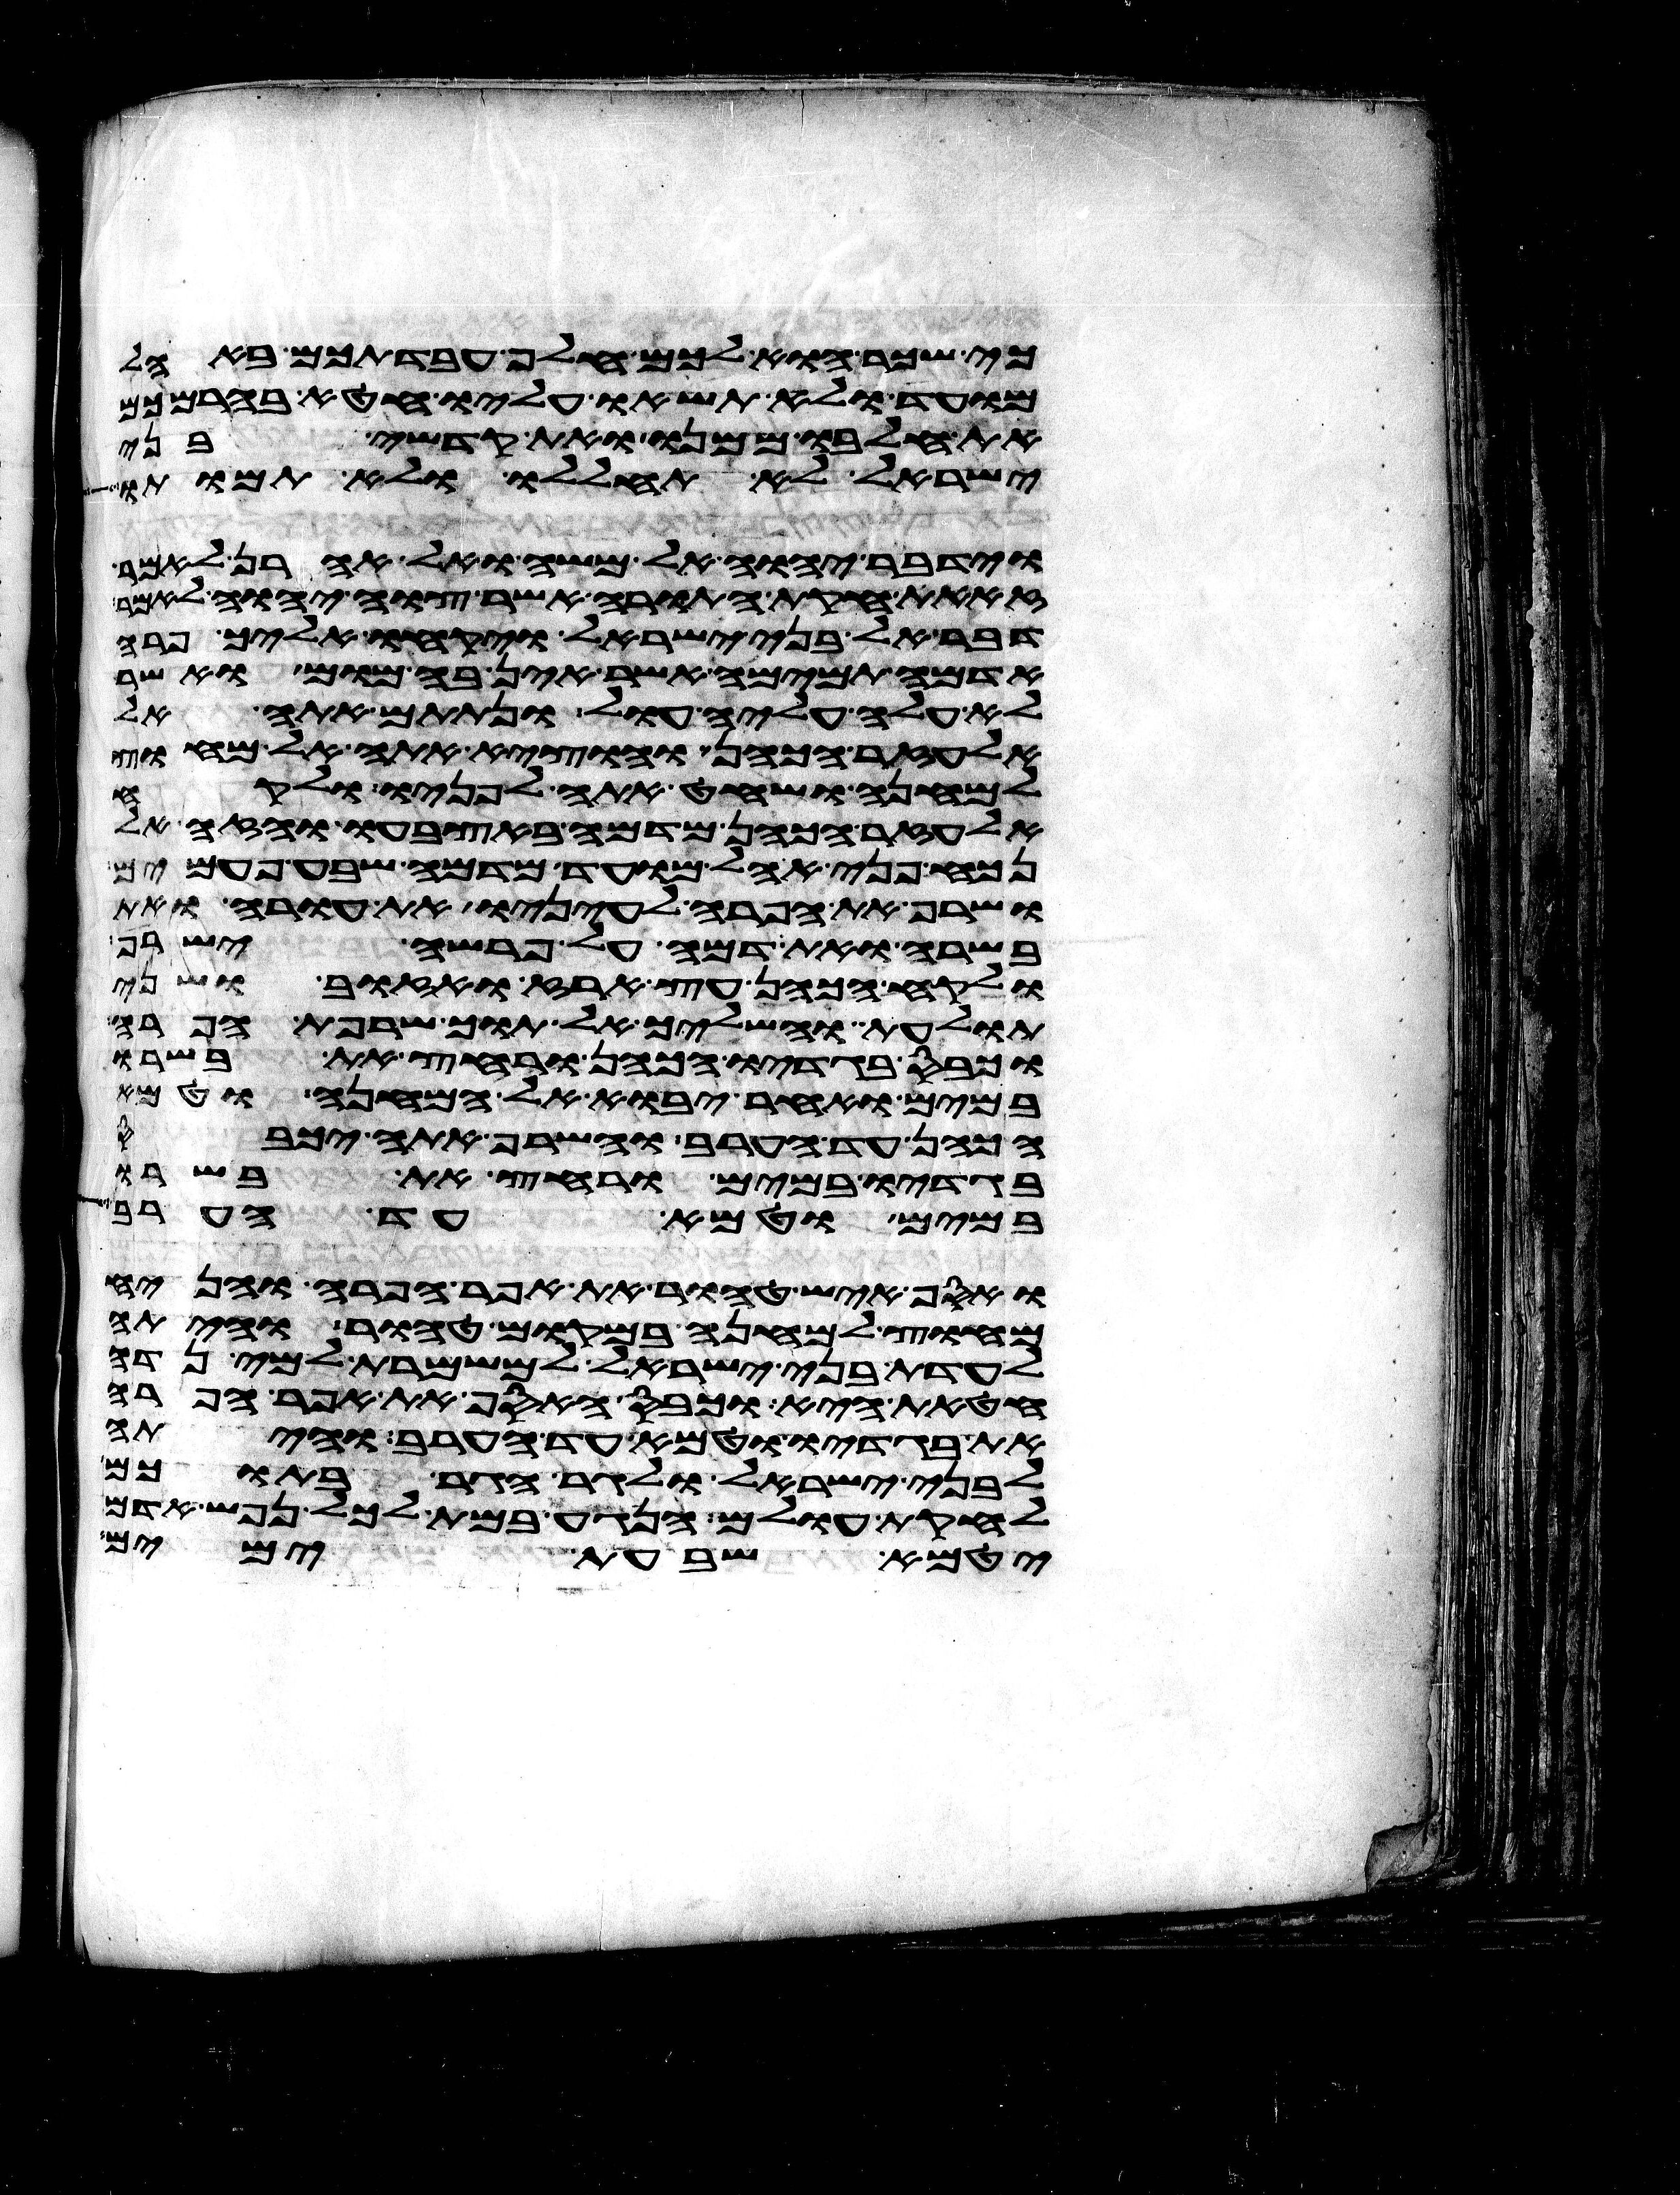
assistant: כי שכר הוא לכם חלף עבדתכם באהל
מועד ולא תשאו עליו חטא בהרמכם
את חלבו ממנו ואת קדשי בני
ישראל לא תחללו ולא תמותו
וידבר יהוה אל משה ואל אהרן לאמר
זאת חקות התורה אשר צוה יהוה לאמר
דבר אל בני ישראל ויקחו אליך פרה
אדמה תמימה אשר אין בה מום ואשר
לא עלה עליה עול ונתתם אתה אל
אלעזר הכהן והוציא אתה אל מחוץ
למחנה ושחט אתה לפניו ולקח
אלעזר הכהן מדמה באצבעו והזה אל
נכח פני אהל מועד מדמה שבע פעמים
ושרף את הפרה לעיניו את עורה ואת
בשרה ואת דמה על פרשה ישרף
ולקח הכהן עץ ארז ואזוב ושני
תולעת והשליך אל תוך שרפת הפרה
וכבס בגדיו הכהן ורחץ את בשרו
במים ואחר יבוא אל המחנה וטמא
הכהן עד הערב והשרף אתה יכבס
בגדיו במים ורחץ את בשרו
במים וטמא עד הערב
ואסף איש טהור את אפר הפרה והניח
מחוץ למחנה במקום טהור והיתה
לעדת בני ישראל למשמרת למי נדה
חטאת היא וכבס האסף את אפר הפרה
את בגדיו וטמא עד הערב והיתה
לבני ישראל ולגר הגר בתוכם
לחקות עולם הנגע במת לכל נפש אדם
יטמא שבעת ימים